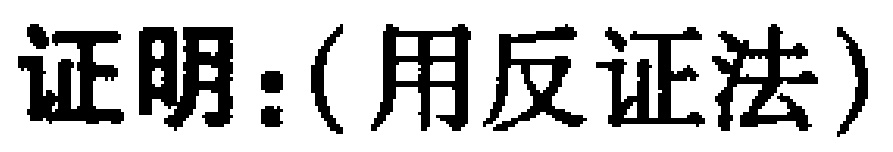
证明：(用反证法)